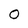
Character: 0